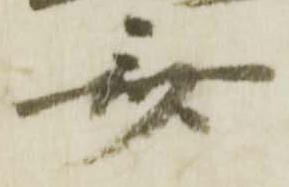
斎